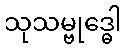
သုသမ္ဗုဒ္ဓေါ